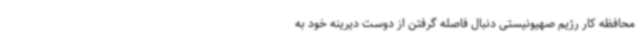
محافظه کار رژیم صهیونیستی دنبال فاصله گرفتن از دوست دیرینه خود به